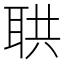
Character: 𦕠